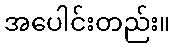
အပေါင်းတည်း။